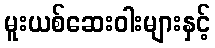
မူးယစ်ဆေးဝါးများနှင့်